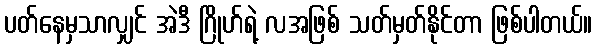
ပတ်နေမှသာလျှင် အဲဒီ ဂြိုဟ်ရဲ့ လအဖြစ် သတ်မှတ်နိုင်တာ ဖြစ်ပါတယ်။